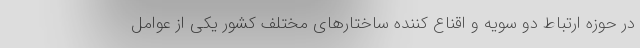
در حوزه ارتباط دو سویه و اقناع کننده ساختارهای مختلف کشور یکی از عوامل